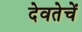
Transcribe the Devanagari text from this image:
देवतेचें